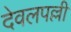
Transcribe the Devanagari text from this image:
देवलपल्ली